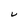
Character: V